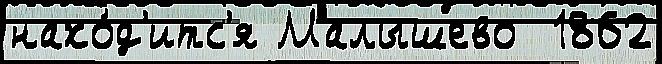
нахо́д'итс'я Малышево  1862